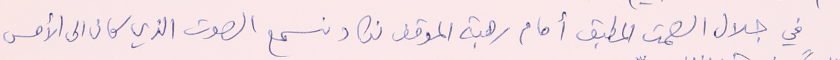
في جلال الصمت المطبق أمام رهبة الموقف نكاد نسمع الصوت الذي كان الى الأمس